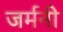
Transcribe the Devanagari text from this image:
जर्मनी